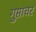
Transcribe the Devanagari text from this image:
गुप्ताचर